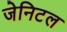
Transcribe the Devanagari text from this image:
जेनिटल